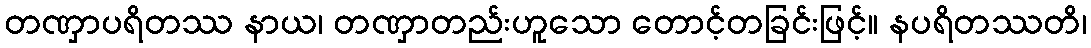
တဏှာပရိတဿ နာယ၊ တဏှာတည်းဟူသော တောင့်တခြင်းဖြင့်။ နပရိတဿတိ၊